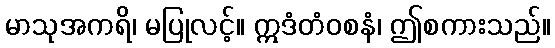
မာသုအကရိ၊ မပြုလင့်။ ဣဒံတံဝစနံ၊ ဤစကားသည်။